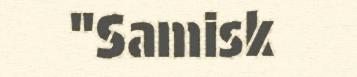
"Samisk